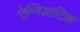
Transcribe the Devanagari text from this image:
ऐम्निआटिक